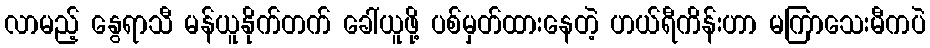
လာမည့် နွေရာသီ မန်ယူနိုက်တက် ခေါ်ယူဖို့ ပစ်မှတ်ထားနေတဲ့ ဟယ်ရီကိန်းဟာ မကြာသေးမီကပဲ